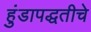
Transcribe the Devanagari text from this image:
हुंडापद्धतीचे